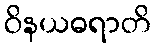
ဝိနယဓရာတိ